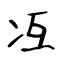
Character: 冱